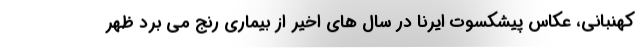
کهنبانی، عکاس پیشکسوت ایرنا در سال های اخیر از بیماری رنج می برد ظهر